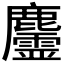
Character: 𪋳